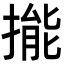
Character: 㨢